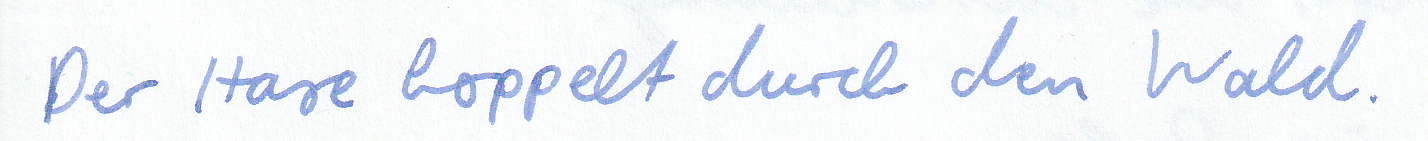
Der Hase hoppelt durch den Wald.